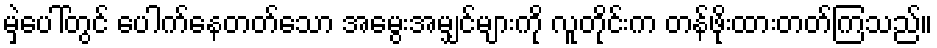
မှဲ့ပေါ်တွင် ပေါက်နေတတ်သော အမွေးအမျှင်များကို လူတိုင်းက တန်ဖိုးထားတတ်ကြသည်။